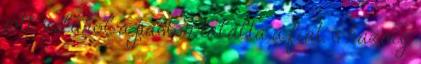
jött, valahol a páston találta a fiát, s hazáig